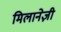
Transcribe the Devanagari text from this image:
मिलानेज़ी